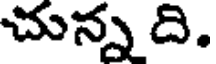
చున్న ది.